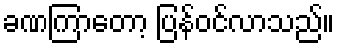
ခဏကြာတော့ ပြန်ဝင်လာသည်။